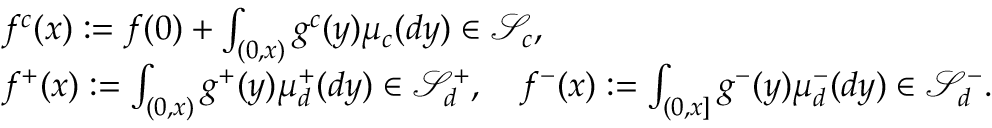
\begin{array} { r l } & { f ^ { c } ( x ) : = f ( 0 ) + \int _ { ( 0 , x ) } g ^ { c } ( y ) \mu _ { c } ( d y ) \in \mathscr { S } _ { c } , } \\ & { f ^ { + } ( x ) : = \int _ { ( 0 , x ) } g ^ { + } ( y ) \mu _ { d } ^ { + } ( d y ) \in \mathscr { S } _ { d } ^ { + } , \quad f ^ { - } ( x ) : = \int _ { ( 0 , x ] } g ^ { - } ( y ) \mu _ { d } ^ { - } ( d y ) \in \mathscr { S } _ { d } ^ { - } . } \end{array}